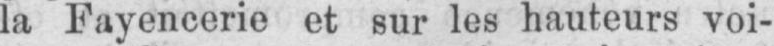
la Fayencerie et sur les hauteurs voi-